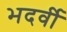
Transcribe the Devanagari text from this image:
भदर्वी